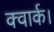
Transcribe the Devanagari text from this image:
क्वार्क।